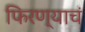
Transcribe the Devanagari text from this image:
फिरण्याचं